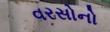
વરસોનો